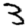
Digit: 3